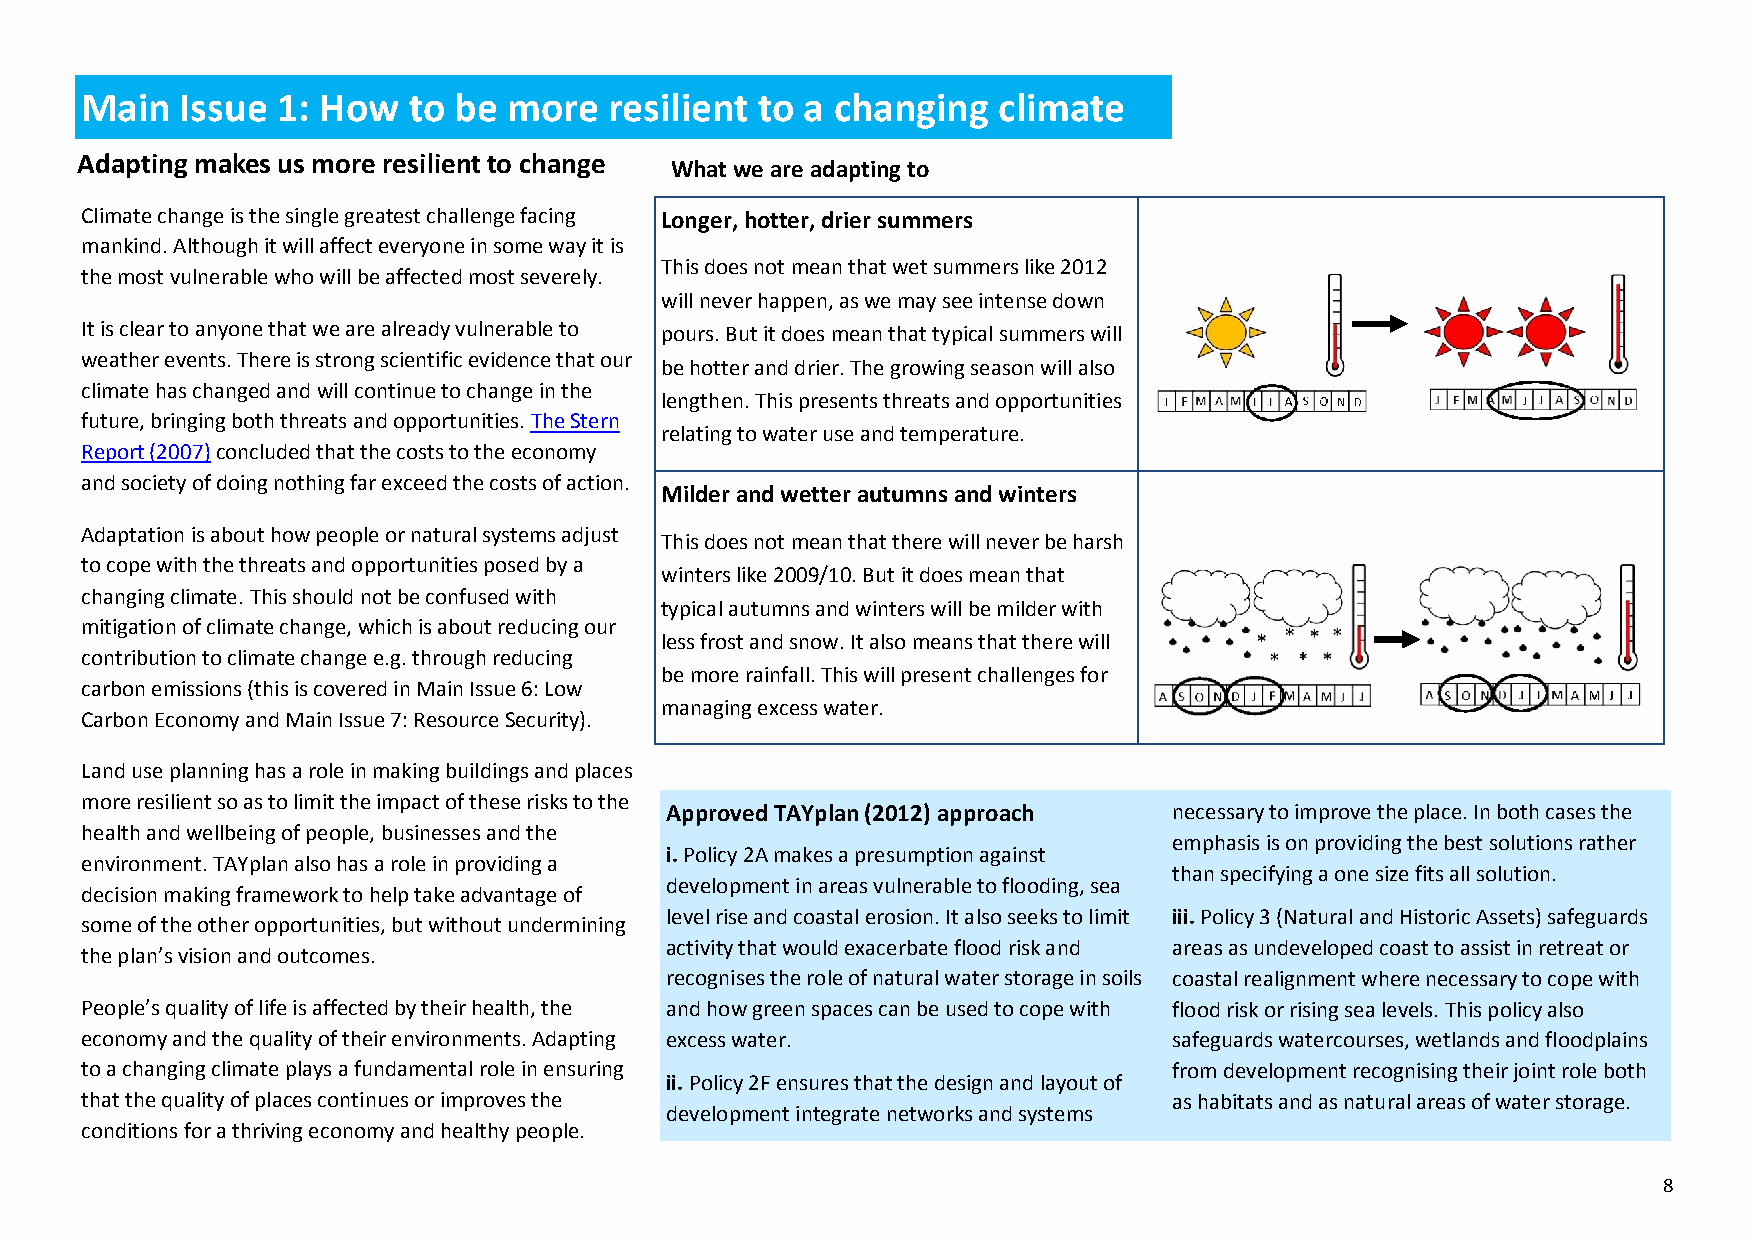
Main   Issue 1: How   to be  more  resilient to a changing   climate
 Adapting makes us more resilient to change
 What we are adapting to
 Climate change is the single greatest challenge facing Longer, hotter, drier summers
 mankind. Although it will affect everyone in some way it is
 This does not mean that wet summers like 2012
 the most vulnerable who will be affected most severely.
 will never happen, as we may see intense down
 It is clear to anyone that we are already vulnerable to pours. But it does mean that typical summers will
 weather events. There is strong scientific evidence that our
 be hotter and drier. The growing season will also
 climate has changed and will continue to change in the
 lengthen. This presents threats and opportunities
 future, bringing both threats and opportunities. The Stern
 relating to water use and temperature.
 Report (2007) concluded that the costs to the economy
 and society of doing nothing far exceed the costs of action.
 Milder and wetter autumns and winters
 Adaptation is about how people or natural systems adjust
 This does not mean that there will never be harsh
 to cope with the threats and opportunities posed by a
 winters like 2009/10. But it does mean that
 changing climate. This should not be confused with
 typical autumns and winters will be milder with
 mitigation of climate change, which is about reducing our
 less frost and snow. It also means that there will
 contribution to climate change e.g. through reducing
 be more rainfall. This will present challenges for
 carbon emissions (this is covered in Main Issue 6: Low
 managing excess water.
 Carbon Economy and Main Issue 7: Resource Security).
 Land use planning has a role in making buildings and places
 more resilient so as to limit the impact of these risks to the
 Approved TAYplan (2012) approach  necessary to improve the place. In both cases the
 health and wellbeing of people, businesses and the
 emphasis is on providing the best solutions rather
 i. Policy 2A makes a presumption against
 environment. TAYplan also has a role in providing a
 than specifying a one size fits all solution.
 development in areas vulnerable to flooding, sea
 decision making framework to help take advantage of
 level rise and coastal erosion. It also seeks to limit iii. Policy 3 (Natural and Historic Assets) safeguards
 some of the other opportunities, but without undermining
 activity that would exacerbate flood risk and areas as undeveloped coast to assist in retreat or
 the plan’s vision and outcomes.
 recognises the role of natural water storage in soils coastal realignment where necessary to cope with
 People’s quality of life is affected by their health, the and how green spaces can be used to cope with flood risk or rising sea levels. This policy also
 economy and the quality of their environments. Adapting excess water.    safeguards watercourses, wetlands and floodplains
 to a changing climate plays a fundamental role in ensuring               from development recognising their joint role both
 ii. Policy 2F ensures that the design and layout of
 that the quality of places continues or improves the                     as habitats and as natural areas of water storage.
 development integrate networks and systems
 conditions for a thriving economy and healthy people.
 8